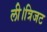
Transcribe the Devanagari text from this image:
ली।त्रिजट